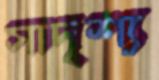
সাদৃশ্য